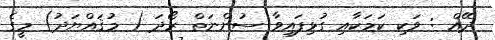
ދޭއް : ވަކި ކަމަކާއި ގުޅިފައިވާ ސުންނަތް ރޯދަ ( މުޤައްޔަދު) މީގެ